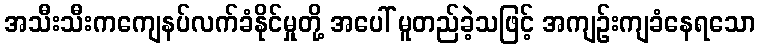
အသီးသီးကကျေနပ်လက်ခံနိုင်မှုတို့ အပေါ် မူတည်ခဲ့သဖြင့် အကျဉ်းကျခံနေရသော